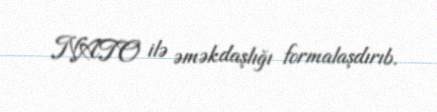
NATO ilə əməkdaşlığı formalaşdırıb.